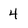
Character: 4